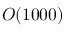
{ \cal O } ( 1 0 0 0 )